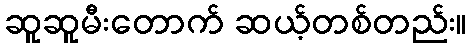
ဆူဆူမီးတောက် ဆယ့်တစ်တည်း။